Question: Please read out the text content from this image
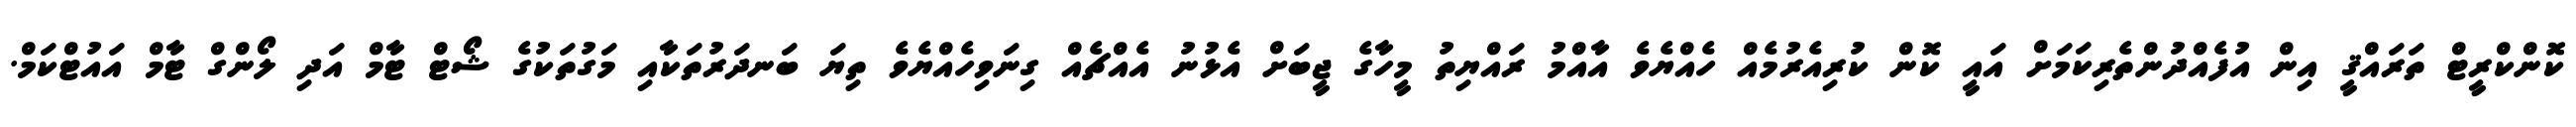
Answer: ކޮންކްރީޓް ތަރައްޤީ އިން އުފެއްދުންތެރިކަމަށް އައީ ކޮން ކުރިއެރުމެއް ހެއްޔެވެ އާއްމު ރައްޔިތު މީހާގެ ޖީބަށް އެޅުނު އެއްޗެއް ގިނަވިހެއްޔެވެ ތިޔަ ބަނދަރުތަކާއި މަގުތަކުގެ ޝޯޓް ޓާމް އަދި ލޯންގް ޓާމް އައުޓްކަމް.